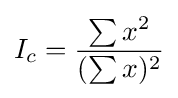
I_{c}={\frac {\sum x^{2}}{(\sum x)^{2}}}